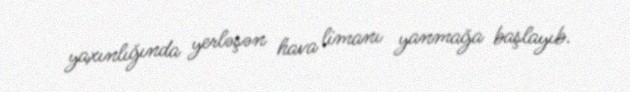
yaxınlığında yerləşən hava limanı yanmağa başlayıb.